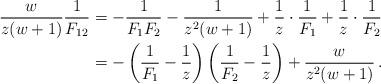
LaTeX: \begin{align*}\frac {w}{z(w+1)} \frac {1}{F_{12}} &= -\frac {1}{F_1F_2} - \frac {1}{z^2(w+1)} + \frac {1}{z} \cdot \frac {1}{F_1} + \frac {1}{z} \cdot \frac {1}{F_2} \\&= -\left( \frac {1}{F_1} - \frac {1}{z}\right)\left( \frac {1}{F_2} - \frac {1}{z}\right) + \frac {w}{z^2(w+1)}\,.\end{align*}